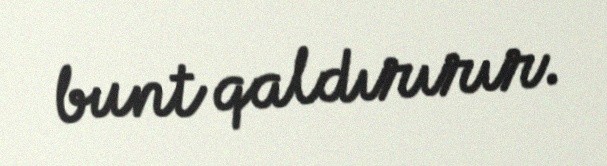
bunt qaldırırır.